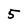
Character: 5